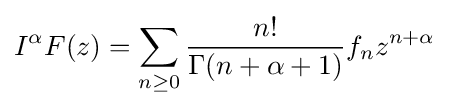
I^{\alpha }F(z)=\sum _{n\geq 0}{\frac {n!}{\Gamma (n+\alpha +1)}}f_{n}z^{n+\alpha }